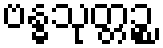
ဗန္ဓသုတ္တဉ္စ